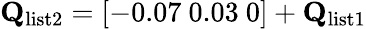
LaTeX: \mathbf{Q}_{\mathrm{list2}}=\left[-0.07\ 0.03\ 0\right]+\mathbf{Q}_{\mathrm{list1}}